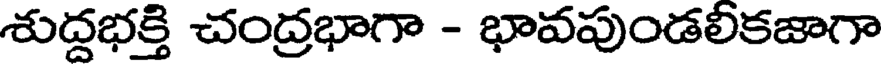
శుద్దభక్తి చంద్రభాగా - భావపుండలీకజాగా